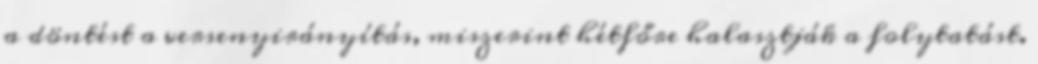
a döntést a versenyirányítás, miszerint hétfőre halasztják a folytatást.